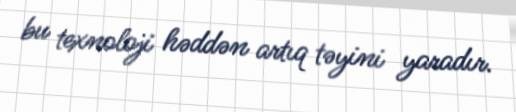
bu texnoloji həddən artıq təyini yaradır.